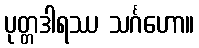
ပုတ္တဒါရဿ သင်္ဂဟော။